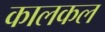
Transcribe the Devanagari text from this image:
कालकल